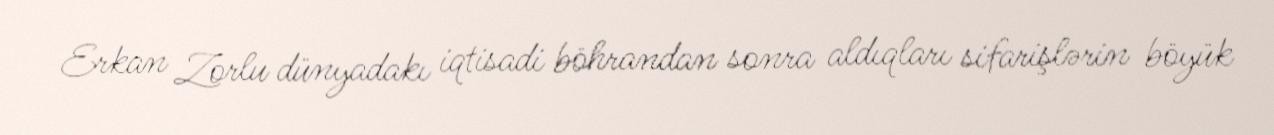
Erkan Zorlu dünyadakı iqtisadi böhrandan sonra aldıqları sifarişlərin böyük